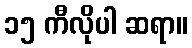
၁၅ ကီလိုပါ ဆရာ။